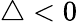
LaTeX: \triangle<0